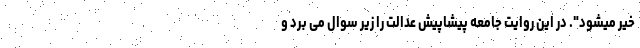
خیر میشود". در این روایت جامعه پیشاپیش عدالت را زیر سوال می برد و